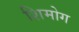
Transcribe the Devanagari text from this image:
शिमोग